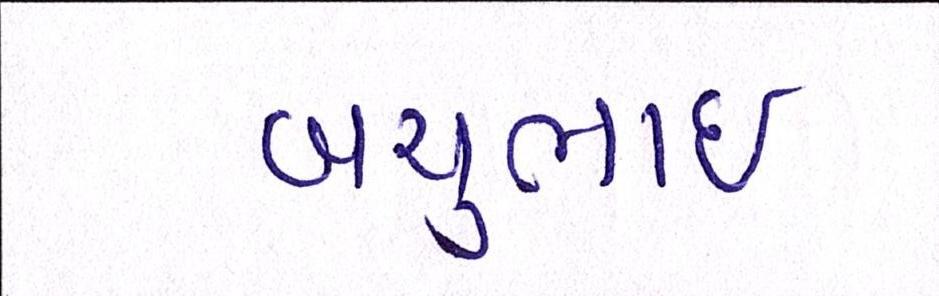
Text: બચુભાઈ